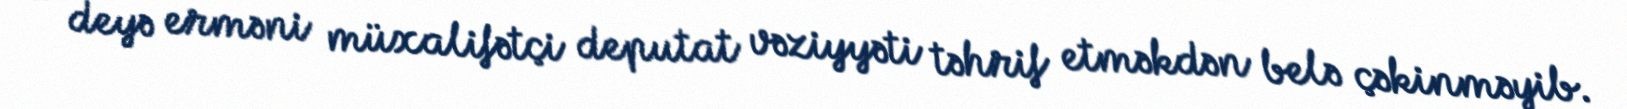
- deyə erməni müxalifətçi deputat vəziyyəti təhrif etməkdən belə çəkinməyib.